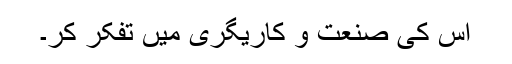
اس کی صنعت و کاریگری میں تفکر کر۔